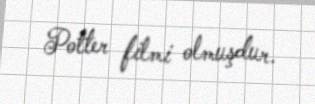
Potter filmi olmuşdur.